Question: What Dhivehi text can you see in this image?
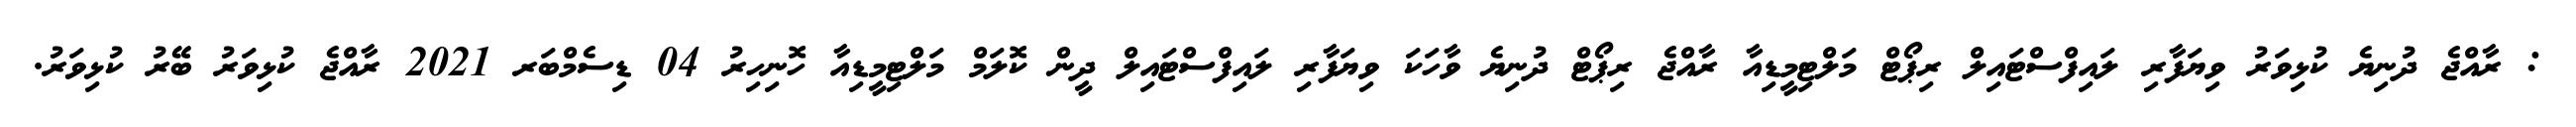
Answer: : ރާއްޖެ ދުނިޔެ ކުޅިވަރު ވިޔަފާރި ލައިފްސްޓައިލް ރިޕޯޓް މަލްޓިމީޑިއާ ރާއްޖެ ރިޕޯޓް ދުނިޔެ ވާހަކަ ވިޔަފާރި ލައިފްސްޓައިލް ދީން ކޮލަމް މަލްޓިމީޑިއާ ހޮނިހިރު 04 ޑިސެމްބަރ 2021 ރާއްޖެ ކުޅިވަރު ބޭރު ކުޅިވަރު.